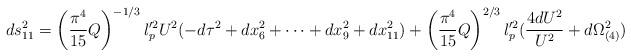
LaTeX: \begin{align*}ds_{11}^2 = \left( \frac{\pi^4}{15} Q \right)^{-1/3} l_p^{\prime 2} U^2 (-d \tau^2 + dx_6^2 + \cdots + dx_9^2 + dx_{11}^2 ) + \left( \frac{\pi^4}{15} Q \right)^{2/3} l_p^{\prime 2 } ( \frac{4 dU^2}{U^2} + d \Omega_{(4)}^2 )\end{align*}